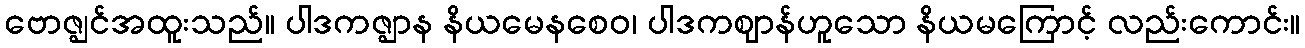
ဗောဇ္ဈင်အထူးသည်။ ပါဒကဇ္ဈာန နိယမေနစေဝ၊ ပါဒကဈာန်ဟူသော နိယမကြောင့် လည်းကောင်း။